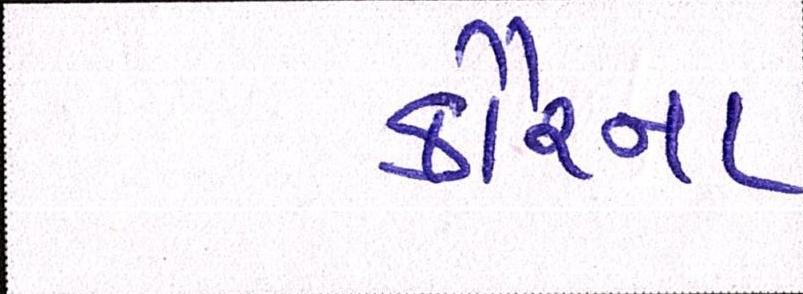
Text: કૌરના